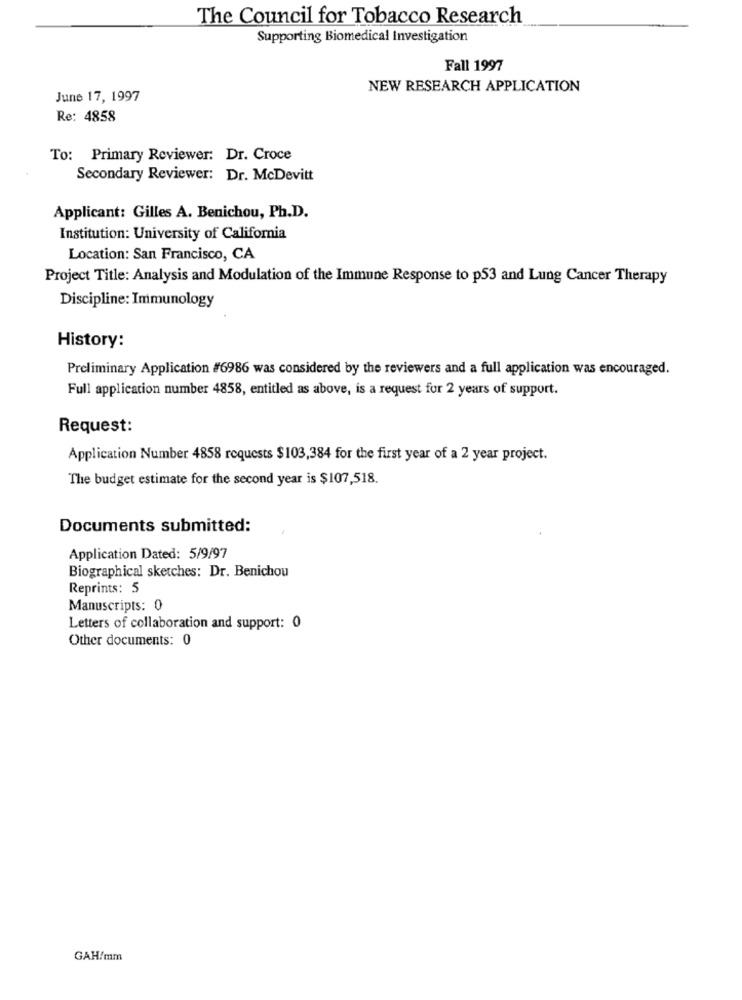
The Council for Tobacco Research
Supporting Biomedical Investigation
Fall 1997
NEW RESEARCH APPLICATION
June 17, 1997
Re: 4858
To: Primary Reviewer: Dr. Croce
Secondary Reviewer: Dr. McDevitt
Applicant: Gilles A. Benichou, Ph.D.
Institution: University of California
Location: San Francisco, CA
Project Title: Analysis and Modulation of the Immune Response to p53 and Lung Cancer Therapy
Discipline: Immunology
History:
Preliminary Application #6986 was considered by the reviewers and a full application was encouraged.
Full application number 4858, entitled as above, is a request for 2 years of support.
Request:
Application Number 4858 requests $103,384 for the first year of a 2 year project.
The budget estimate for the second year is $107,518.
Documents submitted:
Application Dated: 5/9/97
Biographical sketches: Dr. Benichou
Reprints: 5
Manuscripts: 0
Letters of collaboration and support: 0
Other documents: 0
GAH/mm